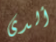
ألدى